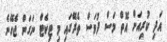
އަދި ކުރިއަށް އޮތް މަސް ދުވަސް ތެރޭގައި މި ޓިކެޓް ނަގަން ޖެހޭނެ